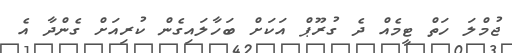
ޖުމްލަ ހަތް ޓީމެއް ދެ ގުރޫޕް އަކަށް ބަހާލައިގެން ކުރިއަށް ގެންދާ އެ